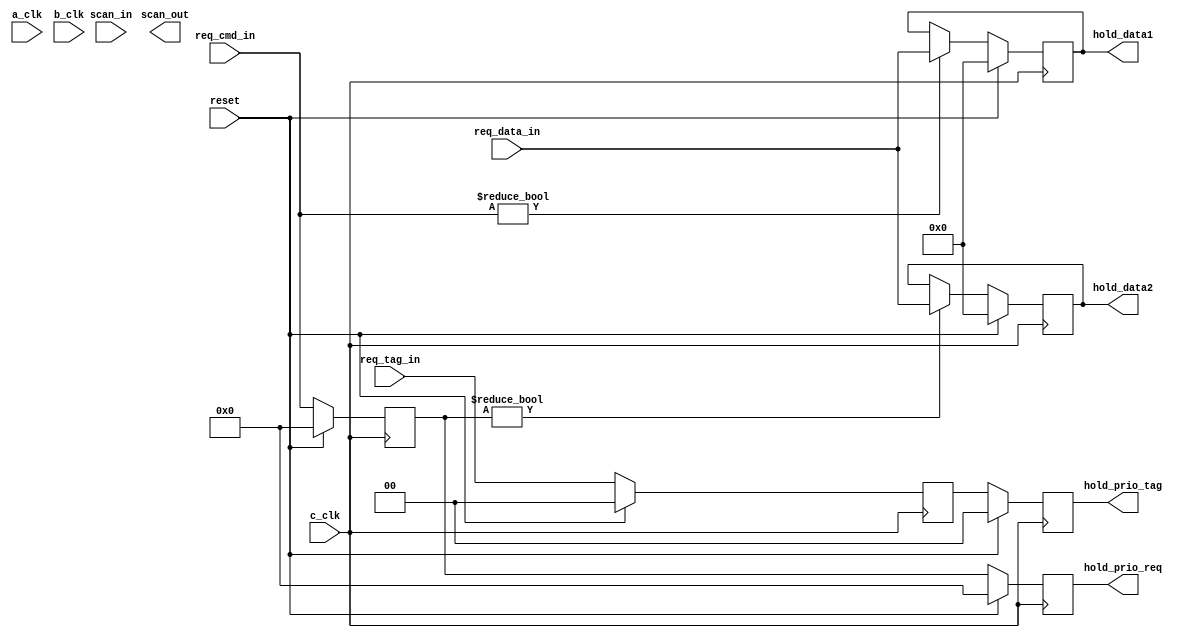
module holdreg(hold_data1, hold_data2, hold_prio_req, hold_prio_tag, scan_out, req_cmd_in, req_data_in, req_tag_in, reset, scan_in, a_clk, b_clk, c_clk);

   input a_clk, b_clk, c_clk, scan_in;
   input [0:3] req_cmd_in;
   input       reset;
   input [0:31] req_data_in;
   input [0:1] 	req_tag_in;
   
   output scan_out;
   output [0:3] hold_prio_req;
   output [0:1] hold_prio_tag;
   output [0:31] hold_data1, hold_data2;
 
   
   reg [0:3] 	 cmd_hold, cmd_hold_buf;
   wire [0:3] 	 cmd_hold_q;
   reg [0:31] 	 hold_data1_q, hold_data2_q;
   reg [0:1] 	 tag_hold, tag_hold_buf;
   
   
   always 
     @ (negedge c_clk) begin
//	fork
	   cmd_hold <= (reset) ?  4'b0 : req_cmd_in;
	   cmd_hold_buf <= (reset) ? 4'b0 : cmd_hold;
	   tag_hold <= (reset) ? 2'b0 : req_tag_in;
	   tag_hold_buf <= (reset) ? 2'b0 : tag_hold;
//	join
     end

   always
     @ (negedge c_clk) begin
	//fork
	   hold_data1_q <= 
			   (reset) ? 32'b0 :
			   (req_cmd_in != 4'b0) ? req_data_in :
			   hold_data1_q;

	   hold_data2_q <=
			  (reset) ? 32'b0 :
			  (cmd_hold != 4'b0) ? req_data_in :
			  hold_data2_q;
//	join
     end // always @ (negedge c_clk)

   assign hold_data1 = hold_data1_q;
   assign hold_data2 = hold_data2_q;
   assign hold_prio_req = cmd_hold_buf;
   assign hold_prio_tag = tag_hold_buf;
      
endmodule // holdreg

/*
 module hold_test;
   
   reg a_clk, b_clk, c_clk, scan_in;
   
   
   reg [0:3] req_cmd_in;
   
   reg [1:7] reset;
   
   reg [0:31] req_data_in;
   
   
   wire scan_out;
   wire [0:3] hold_prio_req;
   wire [0:31] hold_data1, hold_data2;

   holdreg H1(hold_data1, hold_data2, hold_prio_req, scan_out, a_clk, b_clk, c_clk, req_cmd_in, req_data_in, reset, scan_in);

   initial c_clk = 1'b0;
   always #100 c_clk = ~c_clk;
	
   initial
     begin

	req_cmd_in = 0;
	req_data_in = 0;
	reset[1] = 0;
	
	#600 req_cmd_in = 1;
	req_data_in = 10;
	#200 req_data_in=12;
	#200 req_cmd_in = 2;
	req_data_in = 15;

	#200 req_data_in=20;
	#200 req_cmd_in=3;
	req_data_in = 25;
	#200 req_data_in=5;
	#200 reset[1] = 1;
	req_data_in=17;
	#200 req_data_in=13;
	#400 reset[1] = 0;
	#200 req_cmd_in = 5;
	req_data_in={25'b0,2'b1,5'b00110};
	#200 $stop;
 
     end // initial begin
   
   always
     @ (reset or c_clk or  req_cmd_in or req_data_in) begin
	
	$display("at time %t, res=%d, reqcmd=%b, reqdata=%d, hold1=%d, hold2=%d, hold_req=%b", $time, reset[1], req_cmd_in, req_data_in, hold_data1, hold_data2, hold_prio_req);
	
	
     end
   
	
endmodule // hold_test
*/